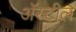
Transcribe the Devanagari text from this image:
अॅस्टील